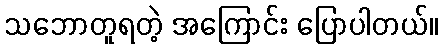
သဘောတူရတဲ့ အကြောင်း ပြောပါတယ်။